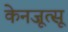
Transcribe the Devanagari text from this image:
केनजूत्सू